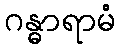
ဂန္ဓာရာမံ